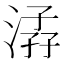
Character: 𣹏